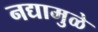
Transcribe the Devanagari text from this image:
नद्यामुळे